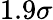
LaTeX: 1.9\sigma